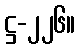
ဋ္ဌ-၂၂၆။